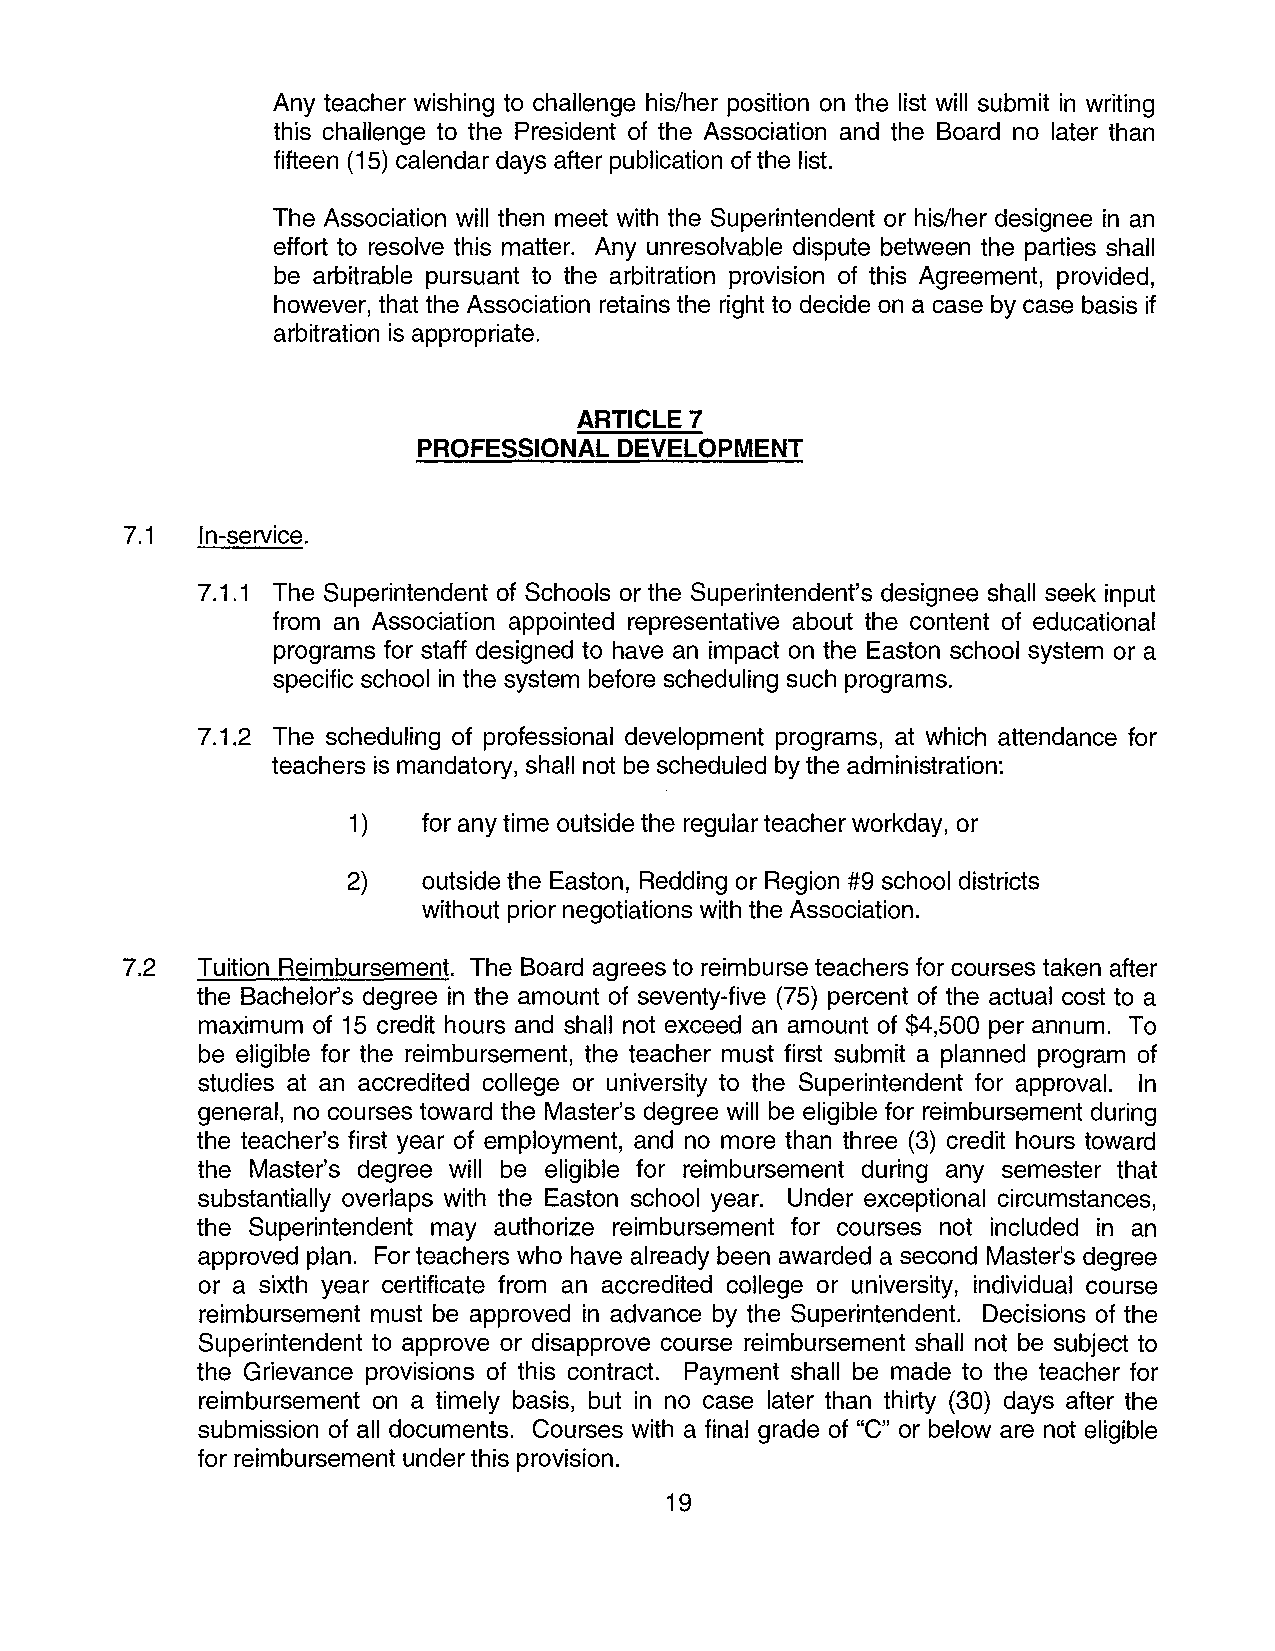
Any teacher wishing to challenge his/her position on the list will submit in writing
 this challenge to the President of the Association and the Board no later than
 fifteen (15) calendar days after publication of the list.
 The Association will then meet with the Superintendent or his/her designee in an
 effort to resolve this matter. Any unresolvable dispute between the parties shall
 be arbitrable pursuant to the arbitration provision of this Agreement, provided,
 however, that the Association retains the right to decide on a case by case basis if
 arbitration is appropriate.
 ARTICLE7
 PROFESSIONAL DEVELOPMENT
 7.1  In-service.
 7.1.1 The Superintendent of Schools or the Superintendent's designee shall seek input
 from an Association appointed representative about the content of educational
 programs for staff designed to have an impact on the Easton school system or a
 specific school in the system before scheduling such programs.
 7.1.2 The scheduling of professional development programs, at which attendance for
 teachers is mandatory, shall not be scheduled by the administration:
 1)   for any time outside the regular teacher workday, or
 2)   outside the Easton, Redding or Region #9 school districts
 without prior negotiations with the Association.
 7.2  Tuition Reimbursement. The Board agrees to reimburse teachers for courses taken after
 the Bachelor's degree in the amount of seventy-five (75) percent of the actual cost to a
 maximum of 15 credit hours and shall not exceed an amount of $4,500 per annum. To
 be eligible for the reimbursement, the teacher must first submit a planned program of
 studies at an accredited college or university to the Superintendent for approval. In
 general, no courses toward the Master's degree will be eligible for reimbursement during
 the teacher's first year of employment, and no more than three (3) credit hours toward
 the Master's degree will be eligible for reimbursement during any semester that
 substantially overlaps with the Easton school year. Under exceptional circumstances,
 the Superintendent may authorize reimbursement for courses not included in an
 approved plan. For teachers who have already been awarded a second Master's degree
 or a sixth year certificate from an accredited college or university, individual course
 reimbursement must be approved in advance by the Superintendent. Decisions of the
 Superintendent to approve or disapprove course reimbursement shall not be subject to
 the Grievance provisions of this contract. Payment shall be made to the teacher for
 reimbursement on a timely basis, but in no case later than thirty (30) days after the
 submission of all documents. Courses with a final grade of "C" or below are not eligible
 for reimbursement under this provision.
 19